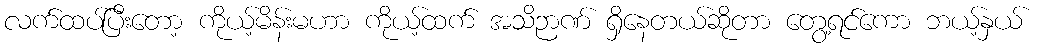
လက်ထပ်ပြီးတော့ ကိုယ့်မိန်းမဟာ ကိုယ့်ထက် အသိဉာဏ် ရှိနေတယ်ဆိုတာ တွေ့ရင်ကော ဘယ့်နှယ်